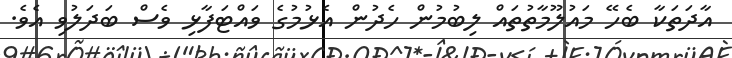
އާދަތަކާ ބެހޭ މައުލޫމާތުތައް ލިބުމުން ހެދުން އެޅުމުގެ ވައްޓަފާޅި ވެސް ބަދަލުވި އެވެ.